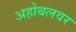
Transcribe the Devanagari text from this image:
अहोबलवर